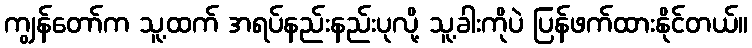
ကျွန်တော်က သူ့ထက် အရပ်နည်းနည်းပုလို့ သူ့ခါးကိုပဲ ပြန်ဖက်ထားနိုင်တယ်။